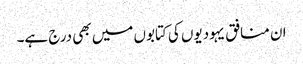
ان منافق یہودیوں کی کتابوں میں بھی درج ہے۔